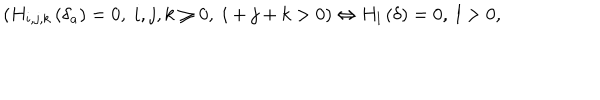
LaTeX: \left( H _ { i , j , k } \left( \delta _ { a } \right) = 0 , \; i , j , k \geq 0 , \; i + j + k > 0 \right) \Leftrightarrow H _ { l } \left( \delta \right) = 0 , \; l > 0 ,